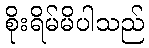
စိုးရိမ်မိပါသည်